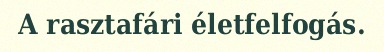
A rasztafári életfelfogás.